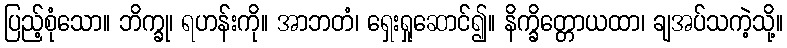
ပြည့်စုံသော။ ဘိက္ခု၊ ရဟန်းကို။ အာဘတံ၊ ရှေးရှုဆောင်၍။ နိက္ခိတ္တောယထာ၊ ချအပ်သကဲ့သို့။